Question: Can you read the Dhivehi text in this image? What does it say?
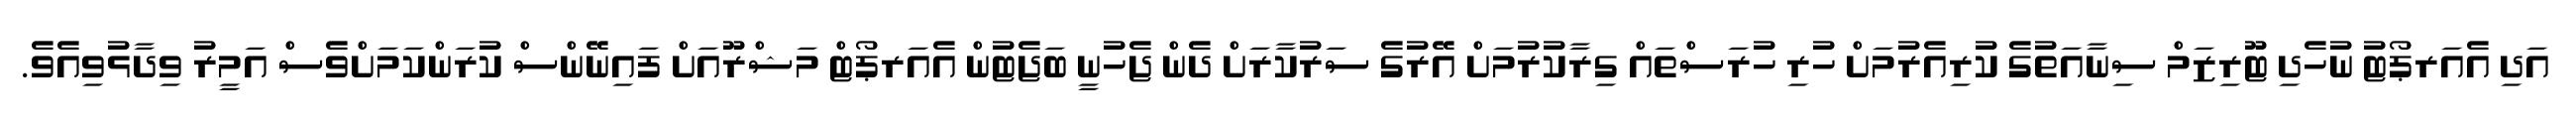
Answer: އަދި އެއަރޕޯޓު ނުހެދި ޓޫރިޒަމް ސިނާއަތުގެ ކުރިއެރުމަށް ހުރި ހުރަސްތައް ގިރާކުރުމަށް އޭރުގެ ސަރުކާރަށް ދެން ޖެހުނީ ބަޖެޓުން އެއަރޕޯޓް މަޝްރޫއަށް ފައިނޭންސް ކުރަންކަމަށްވެސް އަމީރު ވިދާޅުވިއެވެ.